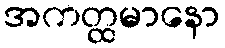
အကတ္ထမာနော